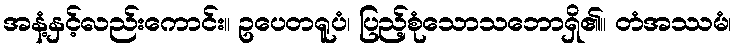
အနံ့နှင့်လည်းကောင်း။ ဥပေတရူပံ၊ ပြည့်စုံသောသဘောရှိ၏။ တံအဿမံ၊